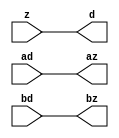
module funccall_inout (d, ad, bd, z, az, bz);
  parameter integer ram_id = 1;
  parameter integer width = 8;
  parameter integer addr_width = 8;
  output [width-1:0]       d;
  input  [addr_width-1:0]  ad;
  input                    bd;
  input  [width-1:0]       z;
  output [addr_width-1:0]  az;
  output                   bz;
  wire   [width-1:0]       d;
  wire   [addr_width-1:0]  az;
  wire                     bz;
  assign d  = z;
  assign az = ad;
  assign bz = bd;
endmodule